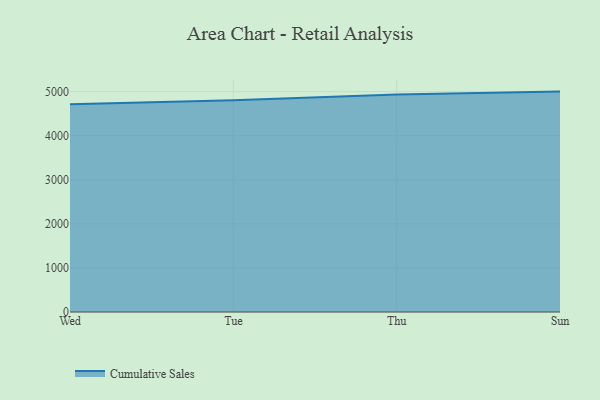
{"axis": {"x": "Day", "y": "Revenue (USD Million)"}, "legend": ["Cumulative Sales"], "data": [{"x": "Wed", "y": 4714.5, "type": "Cumulative Sales"}, {"x": "Tue", "y": 4803.4, "type": "Cumulative Sales"}, {"x": "Thu", "y": 4933.5, "type": "Cumulative Sales"}, {"x": "Sun", "y": 5000, "type": "Cumulative Sales"}]}